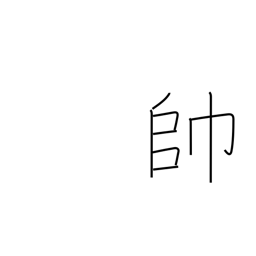
Meaning: leading troops